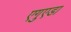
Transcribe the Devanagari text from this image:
एगुएडा